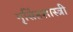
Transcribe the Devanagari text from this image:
नृसिंहशास्त्री